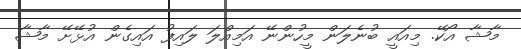
މާޝާ އޯކޭ. މިއައީ ބުނެލަން މީހުންނޭ އަމިއްލަ ލައިފު އައިގެން އުޅޭށޭ މާޝާ